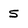
Character: 5